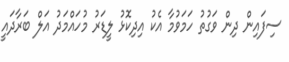
ސިފައިން ދިން ވަގުތު ހަމަވުމާ އެކު އިދިކޮޅު ލީޑަރު މުހައްމަދު އަލް ބަރާދައީ